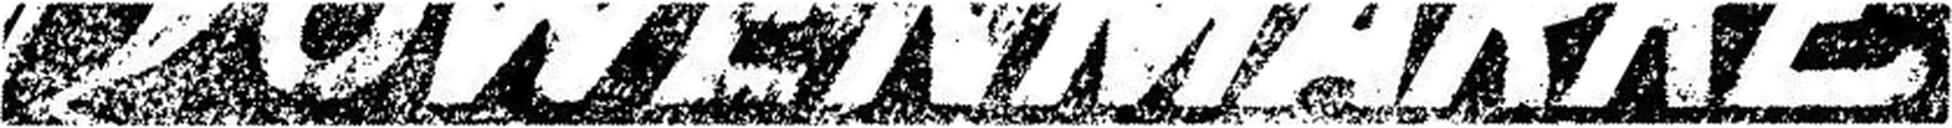
LOWENMARKE